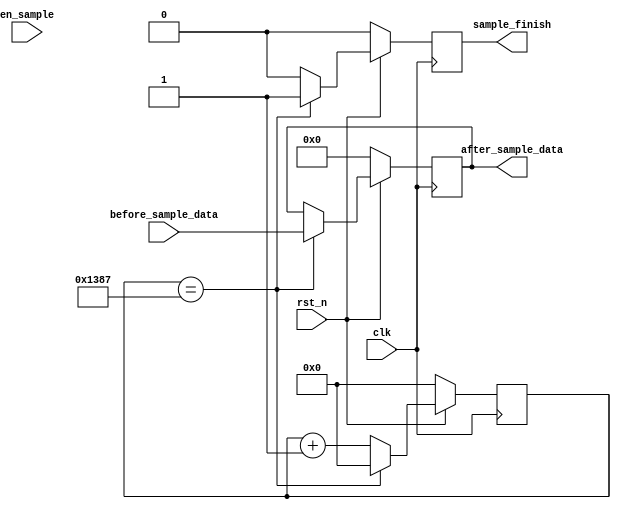
module sample_period_ctrl(
    input clk,
    input rst_n,
    input en_sample,
    input signed [12:0] before_sample_data,
    output reg signed [12:0] after_sample_data,
    output reg sample_finish

);
reg [18:0] cnt;     //

always @(posedge clk) begin
    if (!rst_n) begin
        cnt <= 0;
        after_sample_data <= 0;
        sample_finish <= 0;
    end
    else if (cnt == 19'd4999) begin //499950
            after_sample_data <= before_sample_data;
            sample_finish <= 1;
            cnt <= 0;
    end
    else begin
        cnt <= cnt + 1;
        sample_finish <= 0;
    end
end

endmodule